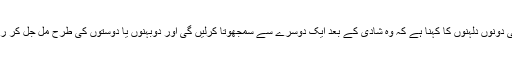
اظہر کی دونوں دلہنوں کا کہنا ہے کہ وہ شادی کے بعد ایک دوسرے سے سمجھوتا کرلیں گی اور دوبہنوں یا دوستوں کی طرح مل جل کر رہیں گی۔